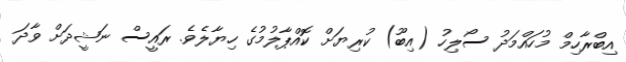
އިބްރާހިމް މުހައްމަދު ސޯލިހު (އިބޫ) ކުރިޔަށް ކޮއްޕާލުމުގެ ހިޔާލެވެ. ރައީސް ނަޝީދަށް ވާދަ